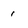
Character: i